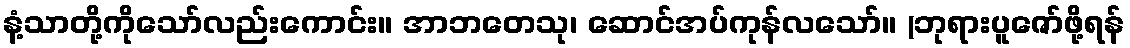
နံ့သာတို့ကိုသော်လည်းကောင်း။ အာဘတေသု၊ ဆောင်အပ်ကုန်လသော်။ (ဘုရားပူဇော်ဖို့ရန်